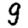
Digit: 9